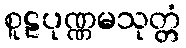
စူဠပုဏ္ဏမသုတ္တံ